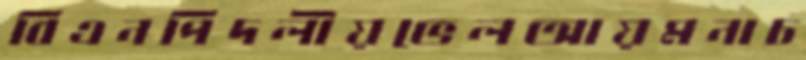
বিএনপিদলীয়ভেলআয়মনাচ